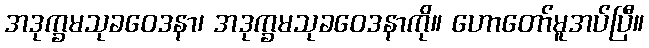
အဒုက္ခမသုခဝေဒနာ၊ အဒုက္ခမသုခဝေဒနာကို။ ဟောတော်မူအပ်ပြီ။